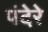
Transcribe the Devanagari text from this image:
पंदेरे